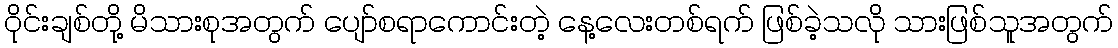
ဝိုင်းချစ်တို့ မိသားစုအတွက် ပျော်စရာကောင်းတဲ့ နေ့လေးတစ်ရက် ဖြစ်ခဲ့သလို သားဖြစ်သူအတွက်